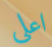
اعلي